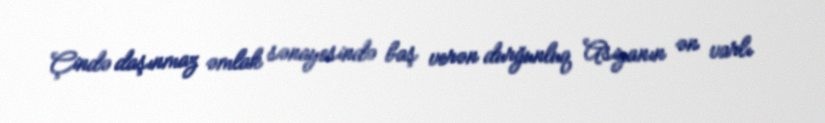
Çində daşınmaz əmlak sənayesində baş verən durğunluq Asiyanın ən varlı